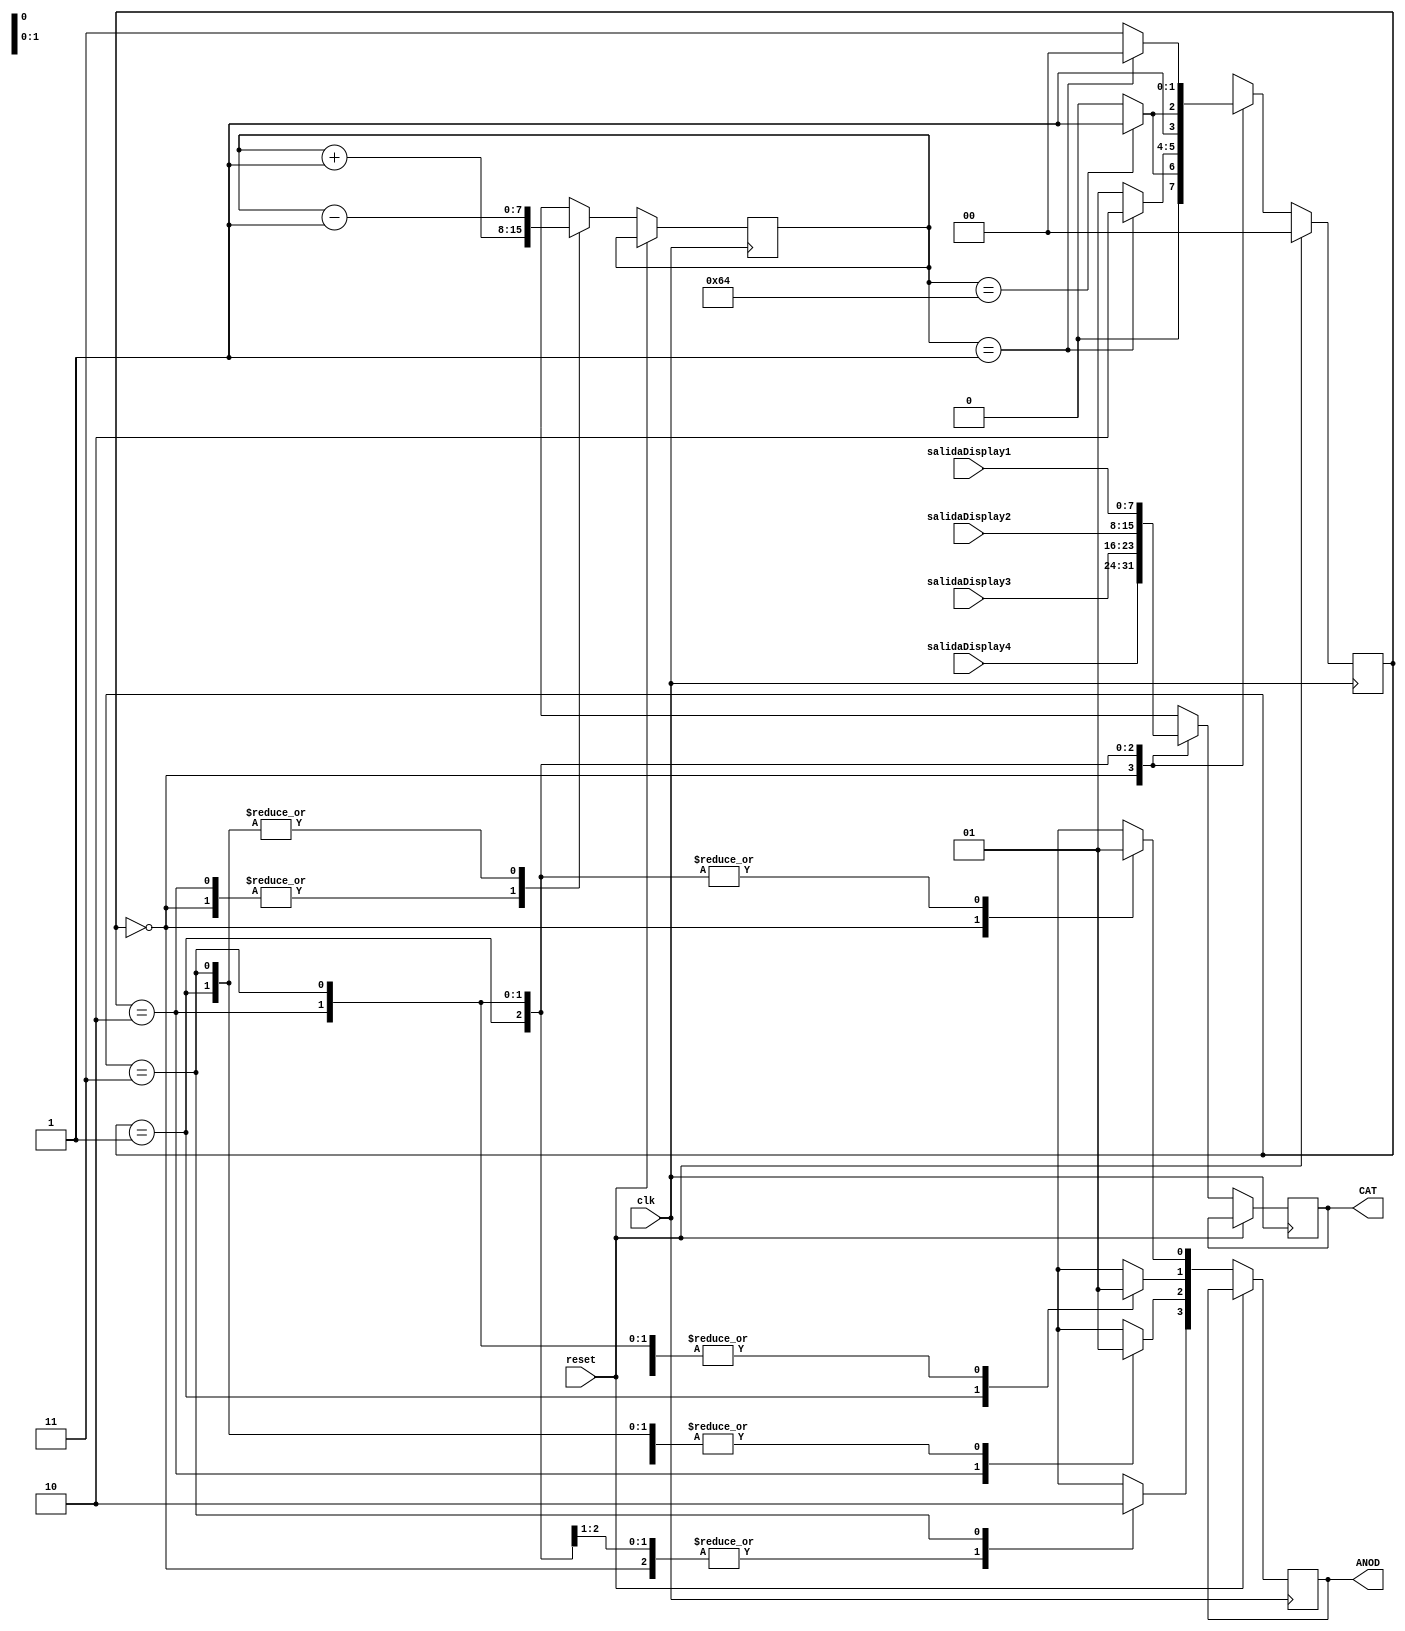
`timescale 1ns / 1ps
//////////////////////////////////////////////////////////////////////////////////
// Company: 
// Engineer: 
// 
// Design Name: 
// Module Name:    MaquinotaDisplay 
// Project Name: 
// Target Devices: 
// Tool versions: 
// Description: 
//
// Dependencies: 
//
// Revision: 
// Revision 0.01 - File Created
// Additional Comments: 
//
//////////////////////////////////////////////////////////////////////////////////
module MaquinotaDisplay(clk,reset,salidaDisplay1,salidaDisplay2,salidaDisplay3,salidaDisplay4,ANOD,CAT);
	//input [3:0] Pnum,Snum,Tnum;
	input clk,reset;//seleccion;
	input [7:0] salidaDisplay1;
	input [7:0] salidaDisplay2;
	input [7:0] salidaDisplay3;
	input [7:0] salidaDisplay4;
	parameter estado1 = 2'b00;
   parameter estado2 = 2'b01;
   parameter estado3 = 2'b10;
   parameter estado4 = 2'b11;
	output reg [3:0] ANOD;
	output reg [7:0] CAT;
	reg [1:0] state = estado1;
	reg [7:0] contador = 0;
	//reg [7:0] cambiar = 8'b01100100;
	//reg [7:0] cambiarM = 8'b00000001;

   always@(posedge clk)
      if (reset) begin
         state <= estado1;
         //<outputs> <= <initial_values>;
      end
      else
         case (state)
            estado1 : begin
               if (contador == 8'b01100100)
                  state <= estado2;
               
               else
                  state <= estado1;
						contador = contador + 1'b1;
						ANOD[0]=0;
						ANOD[1]=1;
						ANOD[2]=1;
						ANOD[3]=1;
						CAT = salidaDisplay4;
            end
            estado2 : begin
               if (contador == 8'b00000001)
                  state <= estado3;
  
               else
                  state <= estado2;
						contador = contador - 1'b1;
						ANOD[0]=1;
						ANOD[1]=0;
						ANOD[2]=1;
						ANOD[3]=1;
						CAT = salidaDisplay3;
            end
            estado3 : begin
               if (contador == 8'b01100100)
                  state <= estado4;
              
               else
                  state <= estado3;
						contador = contador + 1'b1;
						ANOD[0]=1;
						ANOD[1]=1;
						ANOD[2]=0;
						ANOD[3]=1;
						CAT = salidaDisplay2;
            end
            estado4 : begin
               if (contador == 8'b00000001)
                  state <= estado1;
             
               else
                  state <= estado4;
						contador = contador - 1'b1;
						ANOD[0]=1;
						ANOD[1]=1;
						ANOD[2]=1;
						ANOD[3]=0;
						CAT = salidaDisplay1;
            end
         endcase
							

endmodule